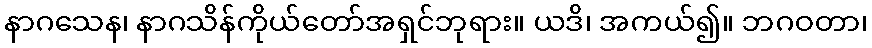
နာဂသေန၊ နာဂသိန်ကိုယ်တော်အရှင်ဘုရား။ ယဒိ၊ အကယ်၍။ ဘဂဝတာ၊